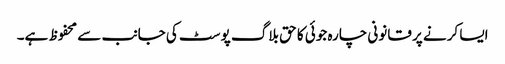
ایسا کرنے پر قانونی چارہ جوئی کا حق بلاگ پوسٹ کی جانب سے محفوظ ہے۔